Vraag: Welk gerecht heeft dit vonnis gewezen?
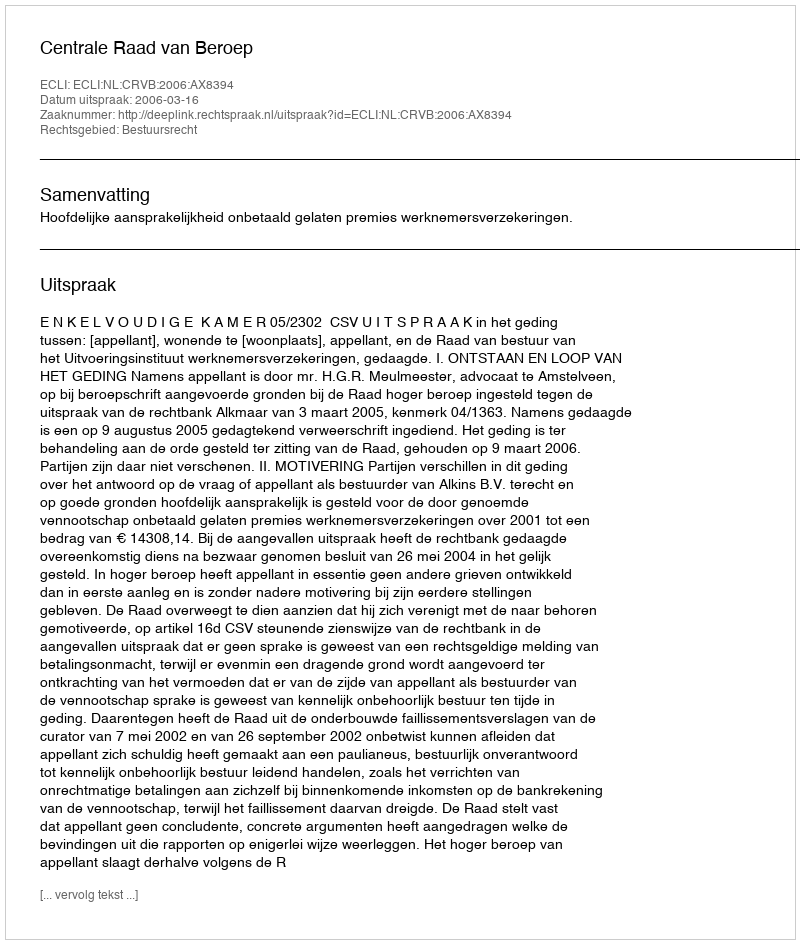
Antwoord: Centrale Raad van Beroep